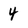
Character: 4